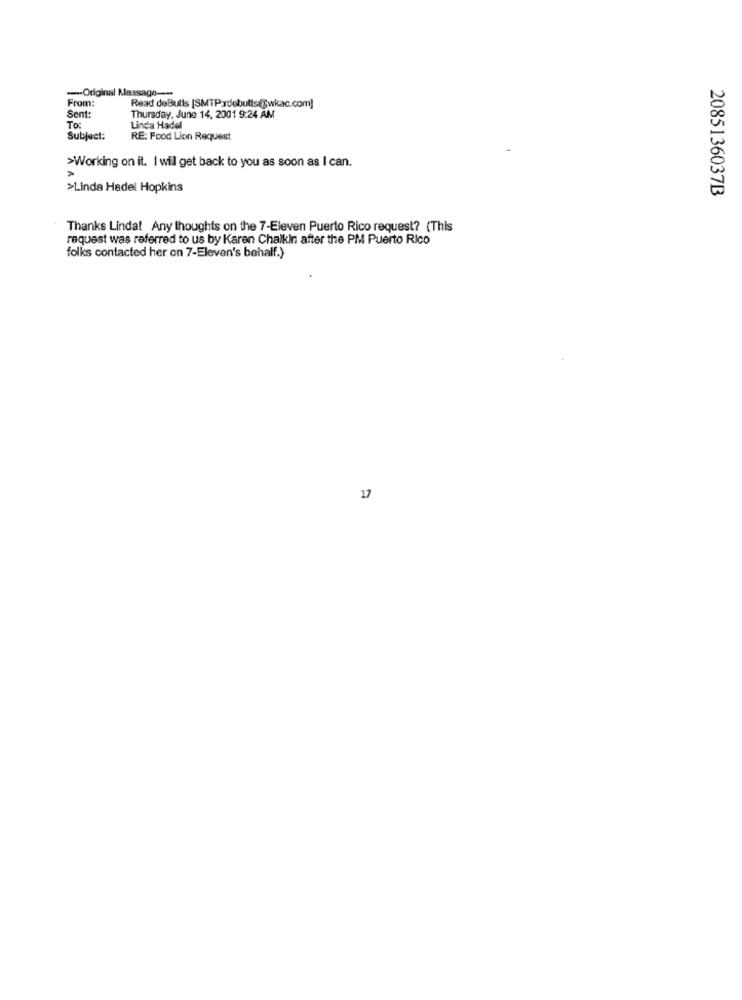
-Original Message ---
From:
Read deButts (SMTP;rdebutts@wkac.com]
Sent:
Tos
Thursday, June 14, 2001 9:24 AM
Linda Hadel
Subject:
RE: Food Lion Request
>Working on it. I will get back to you as soon as I can.
>Linda Hadel Hopkins
2085136037B
Thanks Linda! Any thoughts on the 7-Eleven Puerto Rico request? (This
request was referred to us by Karen Chalkin after the PM Puerto Rico
folks contacted her on 7-Eleven's behalf.)
17